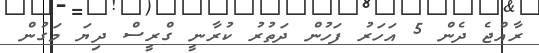
ރާއްޖެ ދެން 5 އަހަރު ފަހުން ދަތުރު ކުރާނީ ގްރީސް ދިޔަ މަގުން